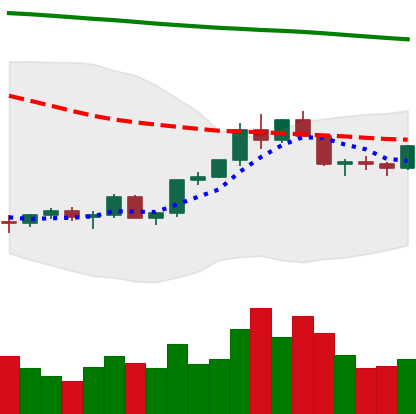
Ticker: LTC-USD
Chart end date: 2022-02-15
Forward return: -15.885%
Label: down_7plus